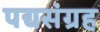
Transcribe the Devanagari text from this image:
पद्यसंग्रह